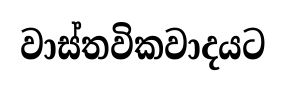
වාස්තවිකවාදයට